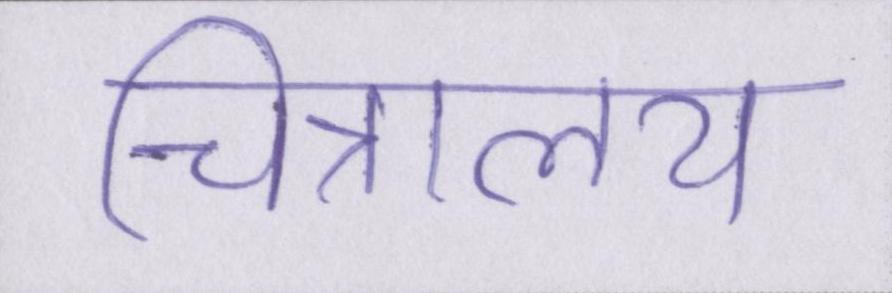
चित्रालय